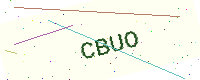
Text: CBUO